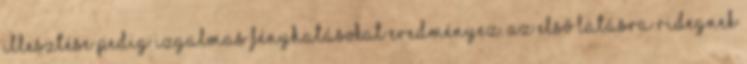
illesztése pedig izgalmas fényhatásokat eredményez. Az első látásra ridegnek